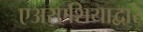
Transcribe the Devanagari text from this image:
एअरएशियाद्वारे